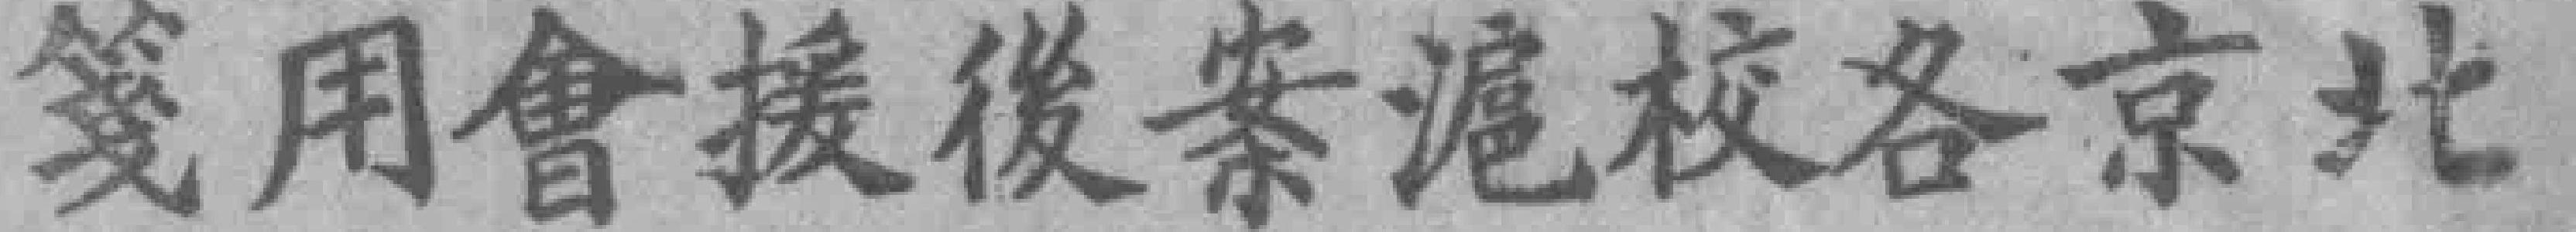
笺用會援後案滬校各京北